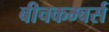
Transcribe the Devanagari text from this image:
बीचकम्बर्स